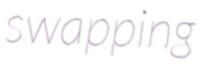
swapping